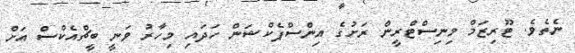
ނެތެވެ. ޓޫރިޒަމް މިނިސްޓްރީން ރަށުގެ އިންސްޕެކްޝަން ހަދައި މިހާރު ވަނީ ބީޗްއެކްސް އަށް